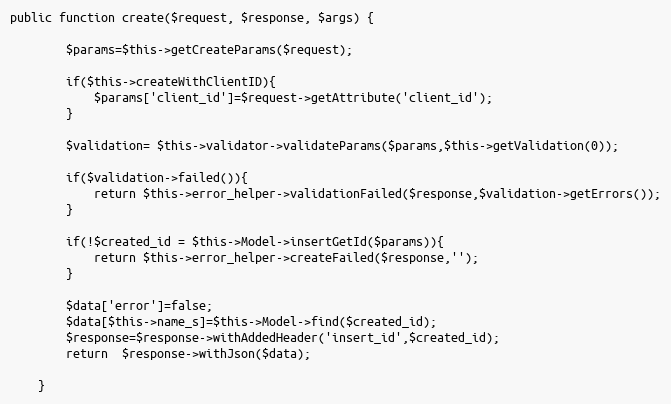
Language: PHP
public function create($request, $response, $args) {

		$params=$this->getCreateParams($request);

		if($this->createWithClientID){
			$params['client_id']=$request->getAttribute('client_id');
		}

		$validation= $this->validator->validateParams($params,$this->getValidation(0));

		if($validation->failed()){
			return $this->error_helper->validationFailed($response,$validation->getErrors());
		}

		if(!$created_id = $this->Model->insertGetId($params)){
			return $this->error_helper->createFailed($response,'');
		}

		$data['error']=false;
		$data[$this->name_s]=$this->Model->find($created_id);
		$response=$response->withAddedHeader('insert_id',$created_id);
		return  $response->withJson($data);

	}